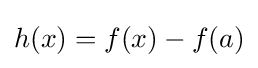
h(x)=f(x)-f(a)